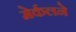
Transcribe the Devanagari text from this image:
मेर्कलने